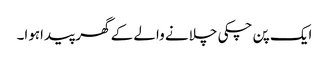
ایک پن چکی چلانے والے کے گھر پیداہوا۔